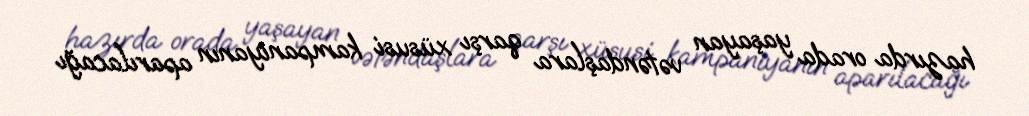
hazırda orada yaşayan vətəndaşlara qarşı xüsusi kampaniyanın aparılacağı